Civil Veterinary Department. Madras. Admin. report 1926-33 - 1926-1933
Year: 1926
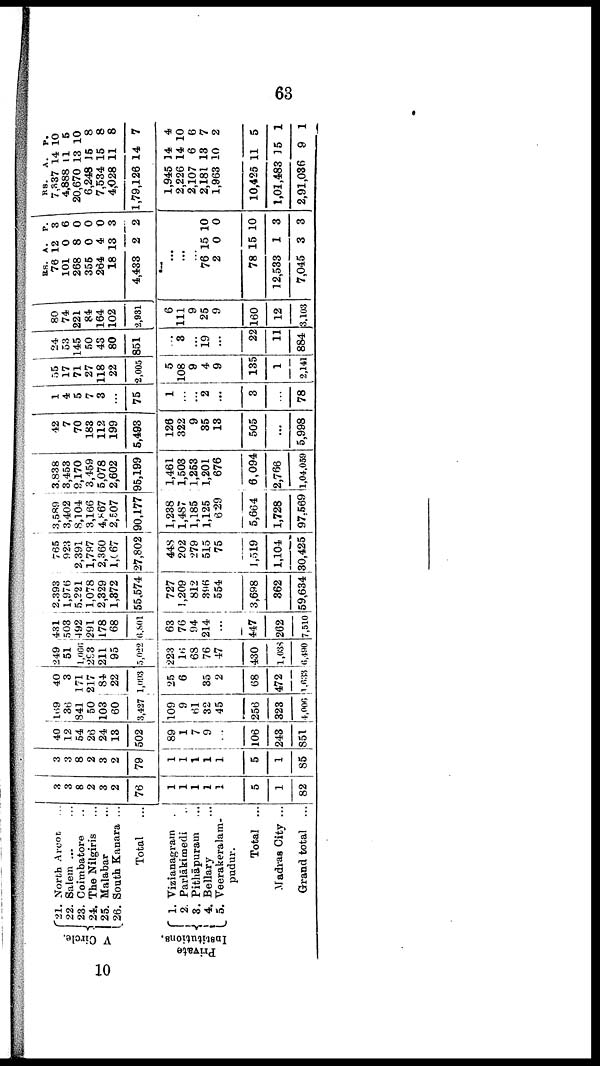
63
V Circle.
Private
Institutions.
21.
22.
23.
24.
25.
26.
1.
2.
3.
4.
5.
North Arcot ...
Salem ...
Coimbatore ..
The Nilgiris ...
Malabar ...
South Kanara ...
Total
Vizianagram
.
Parlākimedi ..
Pithāpuram ...
Bellary ...
Veerakeralam-
pudur.
Total ...
Madras City ...
Grand total
...
3
3
8
2
3
2
76
1
1
1
1
1
5
1
82
3
3
8
2
3
2
79
1
1
1
1
1
5
1
85
40
12
54
26
24
18
502
89
1
7
9
106
248
851
169
36
841
§0
103
60
3,427
109
9
61
32
45
256
323
4,000
40
3
171
217
84
22
1,093
25
6
35
2
68
472
1,633
249
51
1,966
283
211
95
5,022
223
16
68
76
47
430
1,038
6,490
431
503
492
291
178
68
6,801
63
76
94
214
...
447
262
7,510
2,393
1,976
5.221
1,078
2,329
1,872
55,574
727
1,209
812
396
554
3,698
862
59,634
765
923
2,391
1,797
2,360
1,067
27,802
44S
202
279
515
75
1,519
1,104
80,425
3,589
3,402
8,104
3,166
4,867
2,507
90,177
1,238
1,487
1,185
1,125
629
5,664
1,728
97,569
3,838
3,453
9,170
3,459
5,078
2,602
95,199
1,461
1,503
1,253
1,201
676
6,094
2,766
1,04,059
42
7
70
183
112
199
5,493
126
322
9
35
18
505
...
5,998
1
4
5
7
3
...
75
1
...
...
2
...
8
78
55
17
71
27
118
22
2,005
5
108
9
4
9
135
1
2,141
24
53
145
50
48
80
851
...
3
...
19
...
22
11
884
80
74
221
84
164
102
2,931
6
111
9
25
9
160
12
3.103
Rs.
761
101
268
355
264
18
4,433
A.
2
0
8
0
4
13
2
P.
3
6
0
0
0
3
2
...
...
...
76
2
78
12,583
7,045
15
0
15
1
3
10
0
10
3
8
Rs.
7,837
4,888
20,670
6,248
7,584
4,028
1,79,126
1,945
2,226
2,107
2,181
1,963
10,425
1,01,483
2,91,086
A.
14
11
13
15
15
11
14
14
14
6
18
10
11
15
9
P.
10
5
10
8
8
8
7
4
10
6
7
2
5
1
1
10